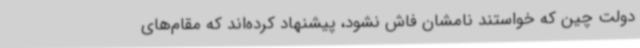
دولت چین که خواستند نامشان فاش نشود، پیشنهاد کرده‌اند که مقام‌های